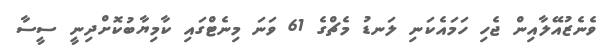
ވެނެޒުއޭލާއިން ޖެހި ހަމައެކަނި ލަނޑު މެޗްގެ 61 ވަނަ މިނެޓްގައި ކާމިޔާބުކޮށްދިނީ ސީސާ